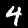
Label: 4